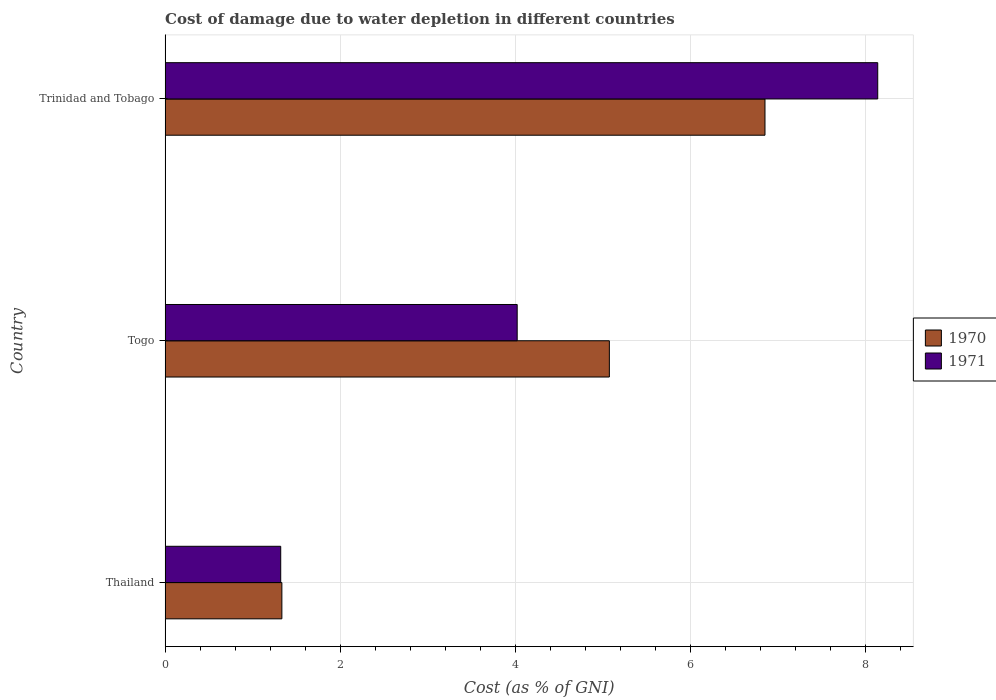
| Country | 1970 | 1971 |
 | --- | --- | --- |
 | Thailand | 1.33 | 1.32 |
 | Togo | 5.08 | 4.02 |
 | Trinidad and Tobago | 6.86 | 8.14 |